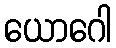
ယောဂေါ